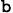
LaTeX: _\mathtt{b}